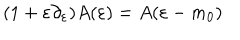
LaTeX: ( 1 + \varepsilon \partial _ { \varepsilon } ) A ( \varepsilon ) = A ( \varepsilon - m _ { 0 } )